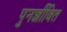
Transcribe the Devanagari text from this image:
पुनर्ज्जीवित